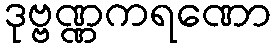
ဒုဗ္ဗဏ္ဏကရဏော